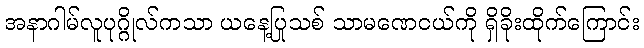
အနာဂါမ်လူပုဂ္ဂိုလ်ကသာ ယနေ့ပြုသစ် သာမဏေငယ်ကို ရှိခိုးထိုက်ကြောင်း